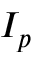
I _ { p }